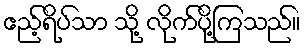
ဧည့်ရိပ်သာ သို့ လိုက်ပို့ကြသည်။